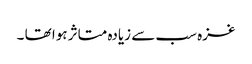
غزہ سب سے زیادہ متاثر ہوا تھا ۔